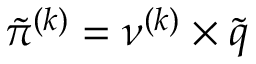
\tilde { \pi } ^ { ( k ) } = \nu ^ { ( k ) } \times \tilde { q }